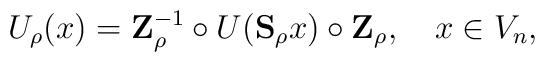
U_\rho(x) = \mathbf{Z}_\rho^{-1} \circ U(\mathbf{S}_{\rho}x)\circ \mathbf{Z}_\rho,\quad x \in V_n,